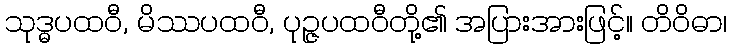
သုဒ္ဓပထဝီ, မိဿပထဝီ, ပုဉ္ဇပထဝီတို့၏ အပြားအားဖြင့်။ တိဝိဓာ၊